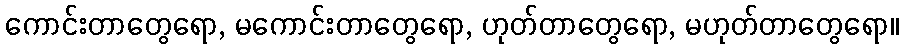
ကောင်းတာတွေရော, မကောင်းတာတွေရော, ဟုတ်တာတွေရော, မဟုတ်တာတွေရော။